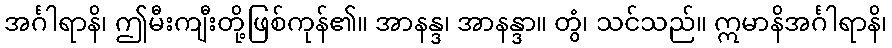
အင်္ဂါရာနိ၊ ဤမီးကျီးတို့ဖြစ်ကုန်၏။ အာနန္ဒ၊ အာနန္ဒာ။ တွံ၊ သင်သည်။ ဣမာနိအင်္ဂါရာနိ၊